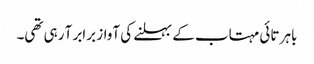
باہر تائی مہتاب کے بہلنے کی آواز برابر آ رہی تھی۔